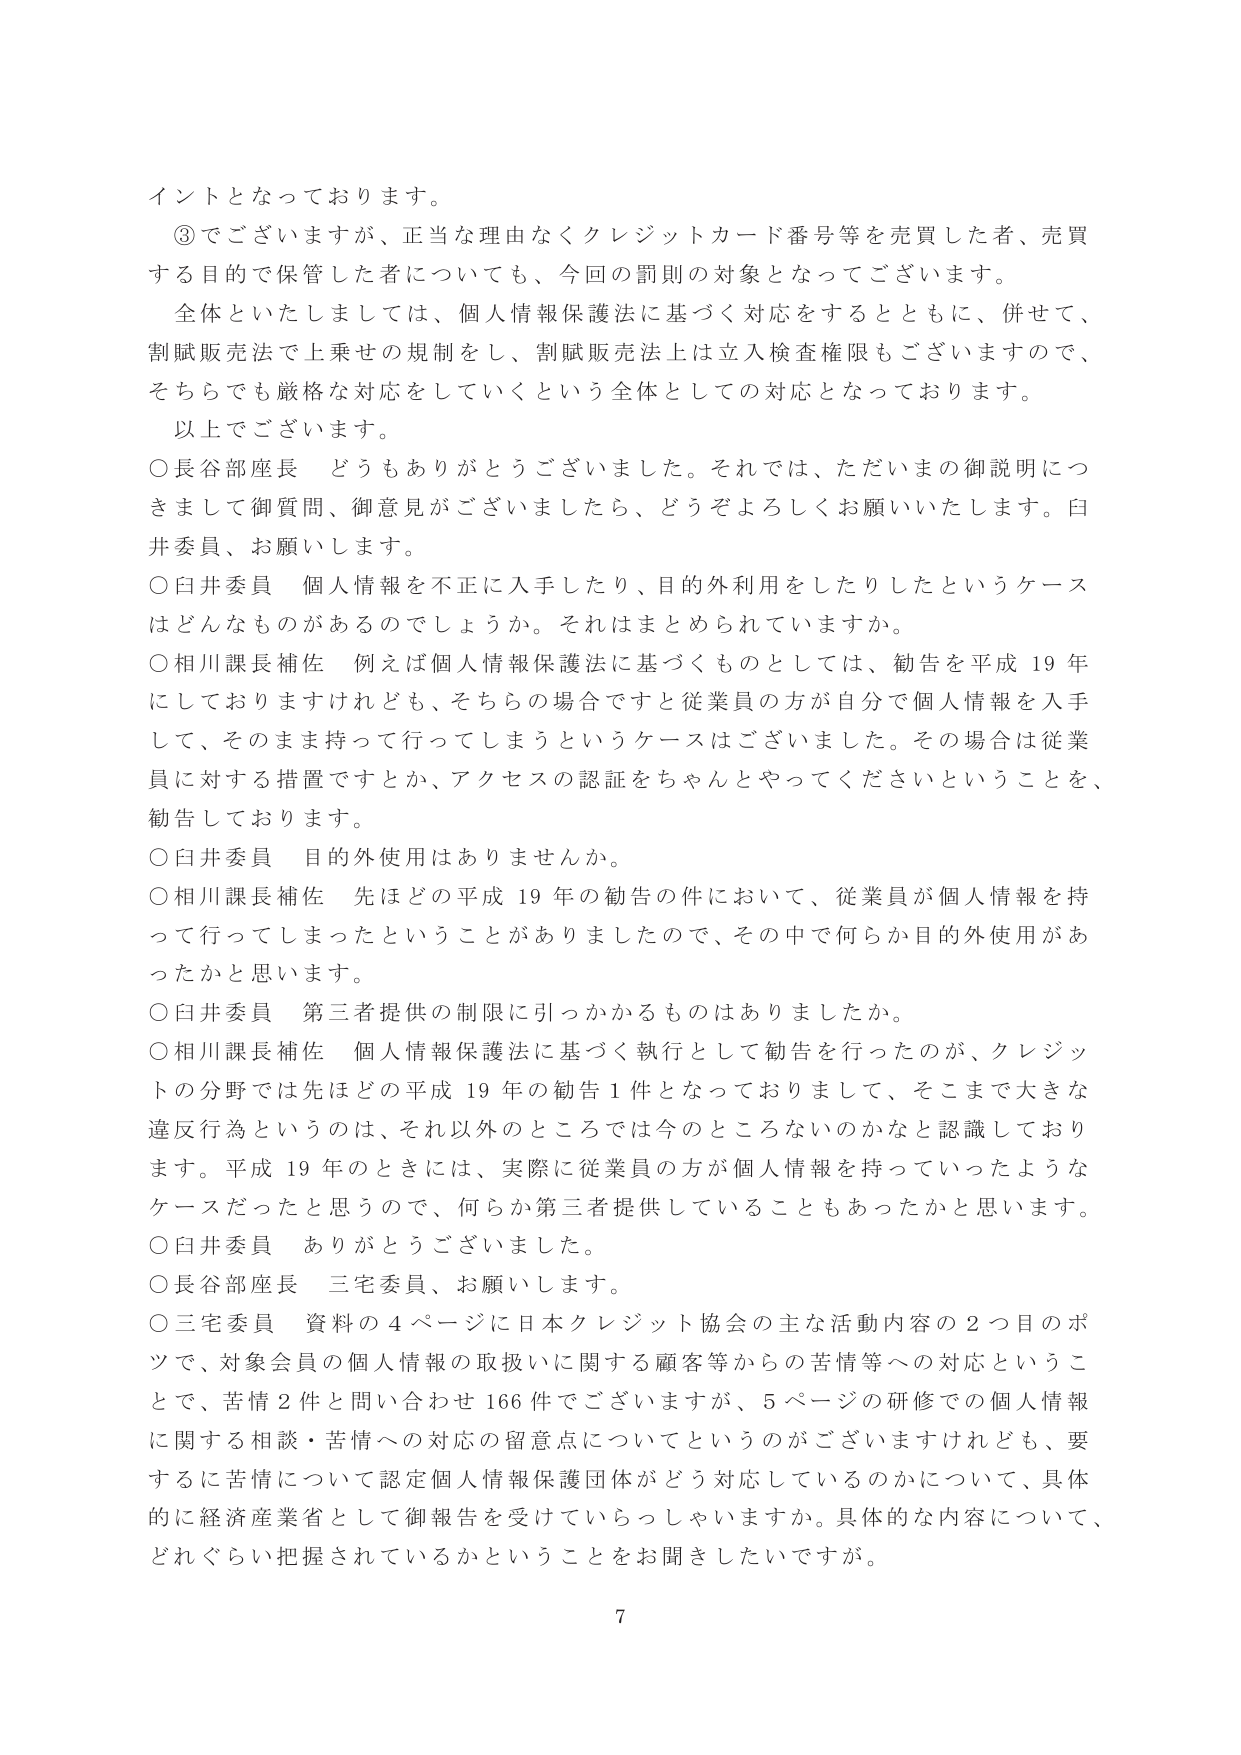
イントとなっております。

③でございますが、正当な理由なくクレジットカード番号等を売買した者、売買する目的で保管した者についても、今回の罰則の対象となってございます。

全体といたしましては、個人情報保護法に基づく対応をするとともに、併せて、割賦販売法で上乗せの規制をし、割賦販売法上は立入検査権限もございますので、そちらでも厳格な対応をしていくという全体としての対応となっております。

以上でございます。

○長谷部座長 どうもありがとうございました。それでは、ただいまの御説明につきまして御質問、御意見がございましたら、どうぞよろしくお願いいたします。臼井委員、お願いします。

○臼井委員 個人情報を不正に入手したり、目的外利用をしたりしたというケースはどんなものがあるのでしょうか。それはまとめられていますか。

○相川課長補佐 例えば個人情報保護法に基づくものとしては、勧告を平成19年にしておりますけれども、そちらの場合ですと従業員の方が自分で個人情報を入手して、そのまま持って行ってしまうというケースはございました。その場合は従業員に対する措置ですとか、アクセスの認証をちゃんとやってくださいということを、勧告しております。

○臼井委員 目的外使用はありますか。

○相川課長補佐 先ほどの平成19年の勧告の件において、従業員が個人情報を持って行ってしまったということがありましたので、その中で何らか目的外使用があったかと思います。

○臼井委員 第三者提供の制限に引っかかるものはありませんか。

○相川課長補佐 個人情報保護法に基づく執行として勧告を行ったのが、クレジットの分野では先ほどの平成19年の勧告1件となっておりまして、そこまで大きな違反行為というのは、それ以外のところでは今のところないのかなと認識しております。平成19年のときには、実際に従業員の方が個人情報を持っていったようなケースだったと思うので、何らか第三者提供していることもあったかと思います。

○臼井委員 ありがとうございました。

○長谷部座長 三宅委員、お願いします。

○三宅委員 資料の4ページに日本クレジット協会の主な活動内容の2つ目のポツで、対象会員の個人情報の取扱いに関する顧客等からの苦情等への対応ということで、苦情2件と問い合わせ166件でございますが、5ページの研修での個人情報に関する相談・苦情への対応の留意点についてというのがございますけれども、要するに苦情について認定個人情報保護団体がどう対応しているのかについて、具体的に経済産業省として御報告を受けていらっしゃいますか。具体的な内容について、どれぐらい把握されているかということをお聞きしたいですが。

7